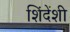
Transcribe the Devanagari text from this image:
शिंदेंशी